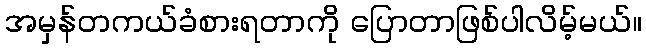
အမှန်တကယ်ခံစားရတာကို ပြောတာဖြစ်ပါလိမ့်မယ်။